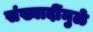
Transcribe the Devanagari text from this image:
संख्यादींमुळे